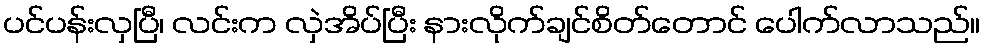
ပင်ပန်းလှပြီ၊ လင်းက လှဲအိပ်ပြီး နားလိုက်ချင်စိတ်တောင် ပေါက်လာသည်။